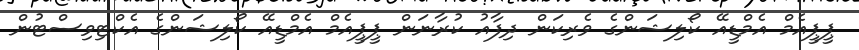
ޕީޕީއެމް އެމްޑީއޭ ކޯލިޝަންގެ ވެރިކަން ދިފާއު ކުރާނަން ޕީޕީއެމް އެމްޑީއޭ ކޯލިޝަންގެ އެކްޓިވިސްޓުން